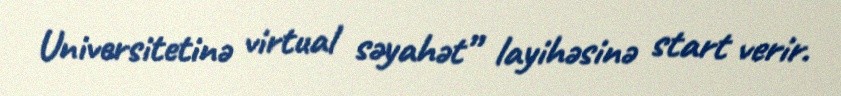
Universitetinə virtual səyahət” layihəsinə start verir.